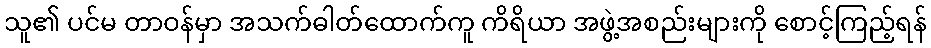
သူ၏ ပင်မ တာဝန်မှာ အသက်ဓါတ်ထောက်ကူ ကိရိယာ အဖွဲ့အစည်းများကို စောင့်ကြည့်ရန်